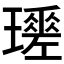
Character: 𤪩